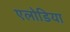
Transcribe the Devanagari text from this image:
एलोडिया